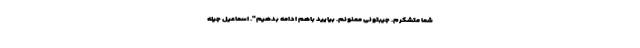
شما متشکرم. جیبتونی ممنونم. بیایید باهم ادامه بدهیم". اسماعیل جیله